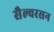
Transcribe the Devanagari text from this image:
सैल्वरसन